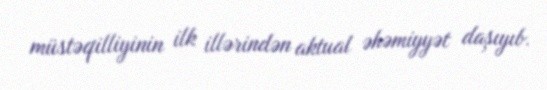
müstəqilliyinin ilk illərindən aktual əhəmiyyət daşıyıb.